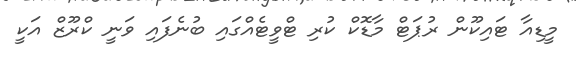
މީޑިއާ ޓައިކޫން ރުޕަޓް މާޑޮކް ކުރި ޓްވީޓެއްގައި ބުނެފައި ވަނީ ކްރޫޒް އަކީ